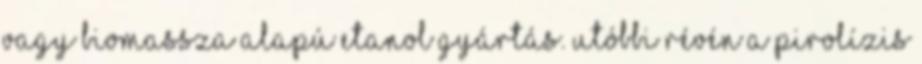
vagy biomassza alapú etanol gyártás. Utóbbi révén a pirolízis